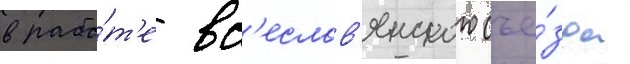
в рабо́т'е вс'еслав'янского съе́зда